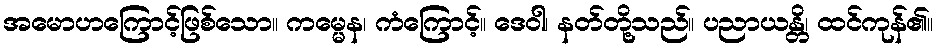
အမောဟကြောင့်ဖြစ်သော။ ကမ္မေန၊ ကံကြောင့်။ ဒေဝါ၊ နတ်တို့သည်။ ပညာယန္တိ၊ ထင်ကုန်၏။